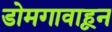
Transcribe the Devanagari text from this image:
डोमगावाहून